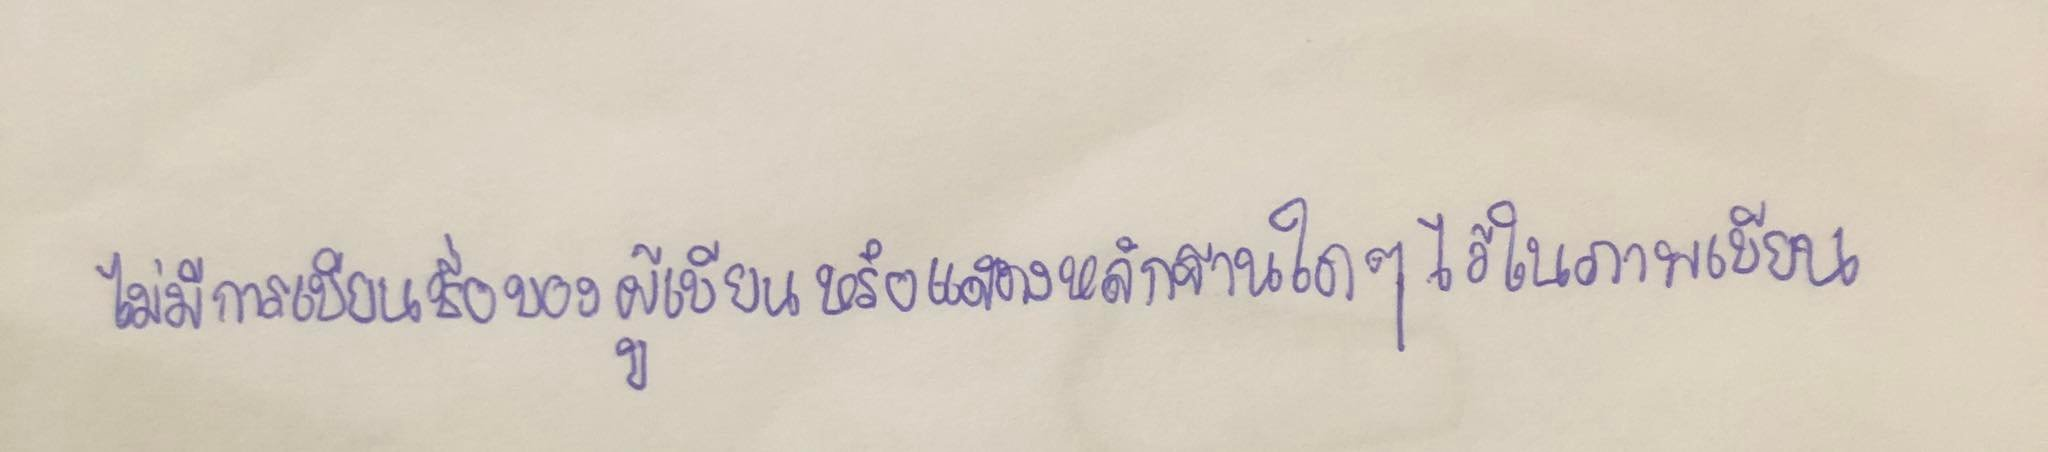
ไม่มีการเขียนชื่อของผู้เขียนหรือแสดงหลักฐานใดๆไว้ในภาพเขียน